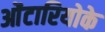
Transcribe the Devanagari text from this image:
ओंटारियोके